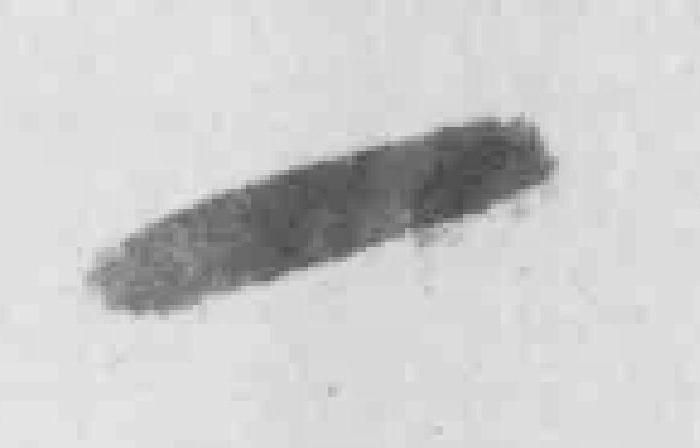
一